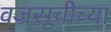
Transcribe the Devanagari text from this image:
वज्रसूचीच्या